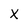
Character: x